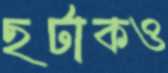
ছটাকও